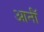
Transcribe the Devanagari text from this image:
आर्नॉ